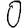
Digit: 0